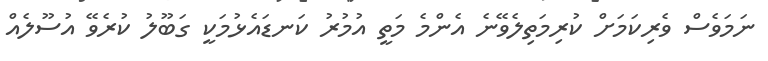
ނަމަވެސް ވެރިކަމަށް ކުރިމަތިލެވޭނެ އެންމެ މަތީ އުމުރު ކަނޑައެޅުމަކީ ގަބޫލު ކުރެވޭ އުސޫލެއް